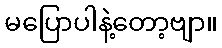
မပြောပါနဲ့တော့ဗျာ။